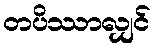
တပိဿာလျှင်